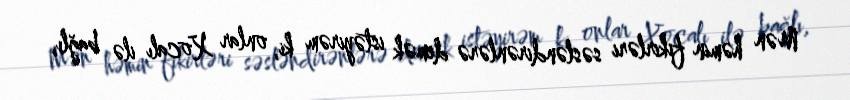
Mən həmin fikirləri səsləndirənlərə demək istəyirəm ki, onlar Xocalı ilə bağlı,